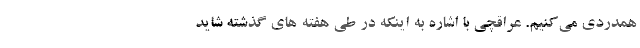
همدردی می‌کنیم. عراقچی با اشاره به اینکه در طی هفته های گذشته شاید